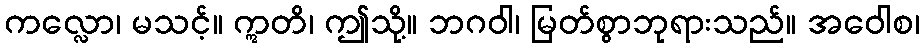
ကလ္လော၊ မသင့်။ ဣတိ၊ ဤသို့။ ဘဂဝါ၊ မြတ်စွာဘုရားသည်။ အဝေါစ၊